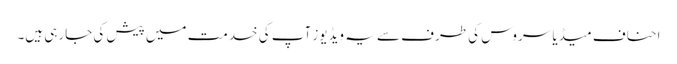
احناف میڈیا سروس کی طرف سے یہ ویڈیوز آپ کی خدمت میں پیش کی جارہی ہیں۔